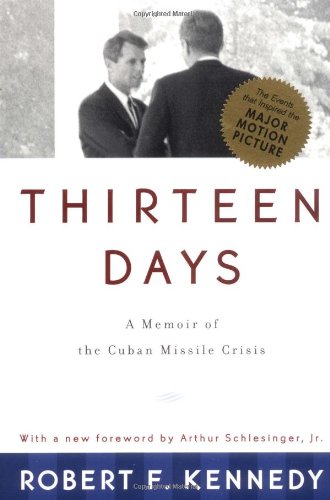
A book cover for Thirteen Days: A Memoir of the Cuban Missile Crisis; Robert F. Kennedy; History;